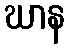
ဃာန